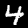
Digit: 4